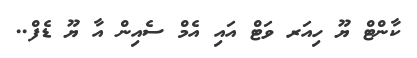
ކާންޓް ޔޫ ހިއަރ ވަޓް އައި އެމް ސެއިން އާ ޔޫ ޑެފް..